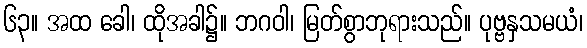
၆၃။ အထ ခေါ၊ ထိုအခါ၌။ ဘဂဝါ၊ မြတ်စွာဘုရားသည်။ ပုဗ္ဗနှသမယံ၊